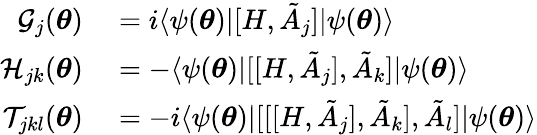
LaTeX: \begin{array}{rl}{\mathcal{G}_{j}({\boldsymbol{\theta}})}&{{}=i\langle\psi({\boldsymbol{\theta}})|[H,\tilde{A}_{j}]|\psi({\boldsymbol{\theta}})\rangle}\\ {\mathcal{H}_{jk}({\boldsymbol{\theta}})}&{{}=-\langle\psi({\boldsymbol{\theta}})|[[H,\tilde{A}_{j}],\tilde{A}_{k}]|\psi({\boldsymbol{\theta}})\rangle}\\ {\mathcal{T}_{jkl}({\boldsymbol{\theta}})}&{{}=-i\langle\psi({\boldsymbol{\theta}})|[[[H,\tilde{A}_{j}],\tilde{A}_{k}],\tilde{A}_{l}]|\psi({\boldsymbol{\theta}})\rangle}\end{array}